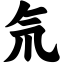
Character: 氘